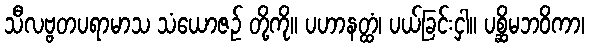
သီလဗ္ဗတပရာမာသ သံယောဇဉ် တို့ကို။ ပဟာနတ္ထံ၊ ပယ်ခြင်းငှါ။ ပစ္ဆိမဘဝိကာ၊